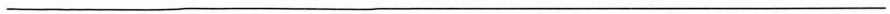
___